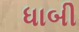
ધાબી